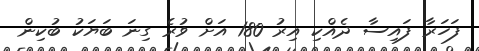
ފަހަރާ ފައިސާ ދެއްކި އިރު 180 އަށް ވުރެ ގިނަ ބަޔަކު ބުކިން